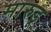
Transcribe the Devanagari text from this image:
मारुडू